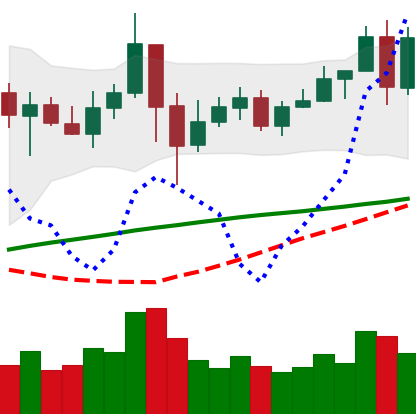
Ticker: LINK-USD
Chart end date: 2020-05-22
Forward return: -5.223%
Label: down_5_7